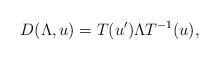
LaTeX: \begin{align*}D(\Lambda, u) = T(u') \Lambda T^{-1}(u),\end{align*}